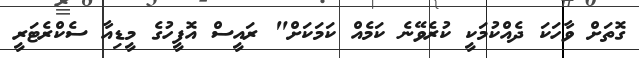
ގޮތަށް ވާހަކަ ދެއްކުމަކީ ކުރެވޭނެ ކަމެއް ކަމަކަށް" ރައީސް އޮފީހުގެ މީޑިއާ ސެކްރެޓަރީ